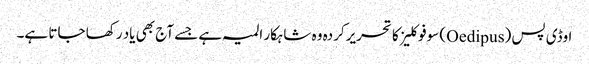
اوڈی پس (Oedipus) سوفوکلیز کا تحریرکردہ وہ شاہکار المیہ ہے جسے آج بھی یاد رکھا جاتا ہے۔